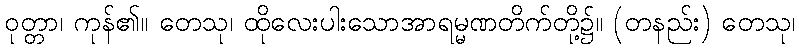
ဝုတ္တာ၊ ကုန်၏။ တေသု၊ ထိုလေးပါးသောအာရမ္မဏတိက်တို့၌။ (တနည်း) တေသု၊